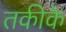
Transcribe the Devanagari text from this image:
तकीके